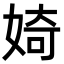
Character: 婍